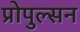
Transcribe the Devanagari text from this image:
प्रोपुल्सन